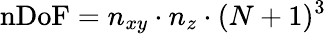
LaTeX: \mathrm{nDoF}=n_{xy}\cdot n_{z}\cdot(N+1)^{3}